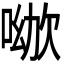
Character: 𠸰